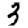
Digit: 3